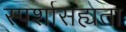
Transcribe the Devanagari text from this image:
स्पर्शासह्यता